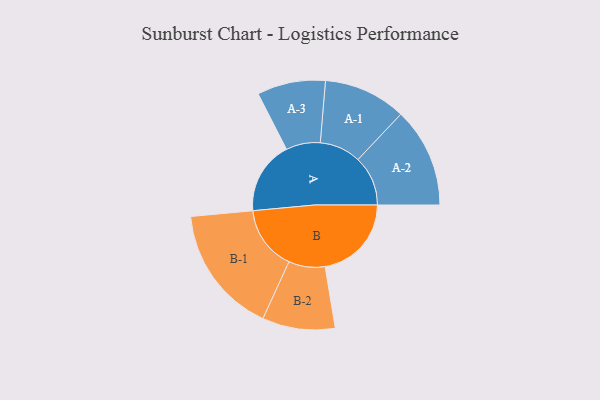
{"axis": {"x": "Segment", "y": "Value"}, "legend": ["", "A", "B"], "data": [{"x": "A", "y": 329, "type": ""}, {"x": "B", "y": 389, "type": ""}, {"x": "A-1", "y": 186, "type": "A"}, {"x": "A-2", "y": 225, "type": "A"}, {"x": "A-3", "y": 154, "type": "A"}, {"x": "B-1", "y": 290, "type": "B"}, {"x": "B-2", "y": 164, "type": "B"}]}